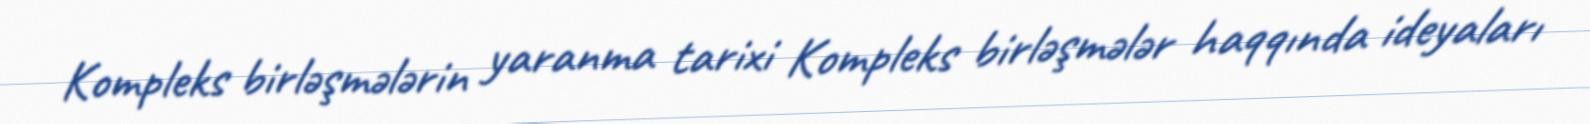
Kompleks birləşmələrin yaranma tarixi Kompleks birləşmələr haqqında ideyaları